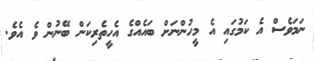
ނަމަވެސް އެ ކަމުގައި އެ މީހުންނަށް ބައެއްގެ އެހީތެރިކަން ބޭނުން ވެ އެވެ.